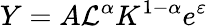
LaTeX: Y=A\mathcal{L}^{\alpha}K^{1-\alpha}e^{\varepsilon}